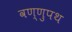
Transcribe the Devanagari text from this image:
वण्णुपथ